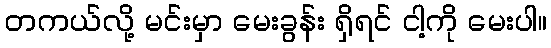
တကယ်လို့ မင်းမှာ မေးခွန်း ရှိရင် ငါ့ကို မေးပါ။